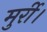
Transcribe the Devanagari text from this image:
मुर्री।